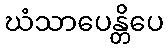
ဃံသာပေန္တိပေ